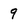
Character: 9